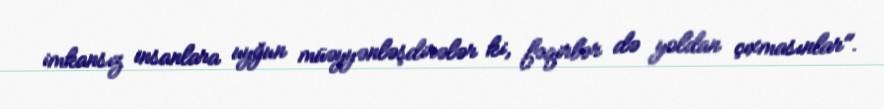
imkansız insanlara uyğun müəyyənləşdirələr ki, fəqirlər də yoldan çıxmasınlar".